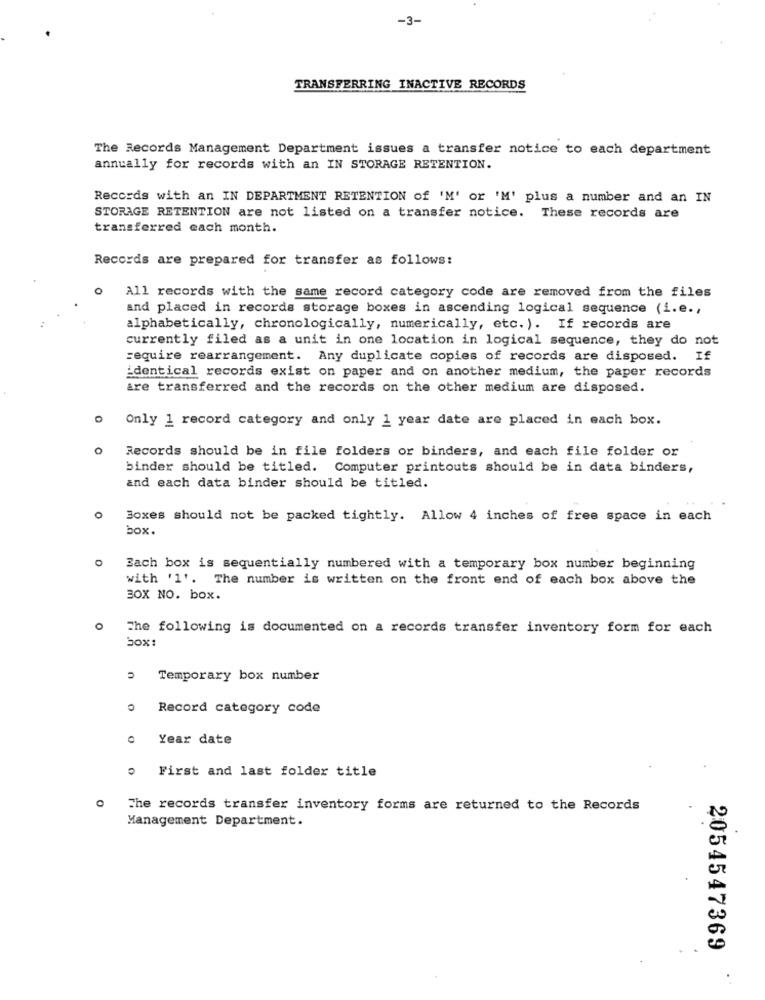
-3-
TRANSFERRING INACTIVE RECORDS
The Records Management Department issues a transfer notice to each department
annually for records with an IN STORAGE RETENTION.
Records with an IN DEPARTMENT RETENTION of 'M' or 'M' plus a number and an IN
STORAGE RETENTION are not listed on a transfer notice. These records are
transferred each month.
Records are prepared for transfer as follows:
0
All records with the same record category code are removed from the files
and placed in records storage boxes in ascending logical sequence (i.e .,
alphabetically, chronologically, numerically, etc. ). If records are
currently filed as a unit in one location in logical sequence, they do not
require rearrangement. Any duplicate copies of records are disposed. If
identical records exist on paper and on another medium, the paper records
are transferred and the records on the other medium are disposed.
>Only 1 record category and only 1 year date are placed in each box.
Records should be in file folders or binders, and each file folder or
binder should be titled. Computer printouts should be in data binders,
and each data binder should be titled.
0
Boxes should not be packed tightly. Allow 4 inches of free space in each
box.
0
Bach box is sequentially numbered with a temporary box number beginning
with '1'. The number is written on the front end of each box above the
BOX NO. box.
O
The following is documented on a records transfer inventory form for each
box:
Temporary box number
Record category code
Year date
First and last folder title
The records transfer inventory forms are returned to the Records
Management Department.
2054547369